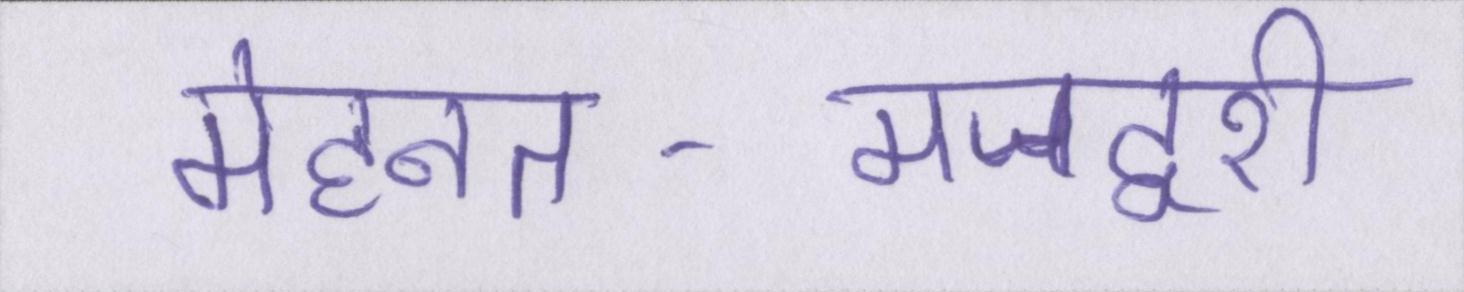
मेहनत-मजदूरी